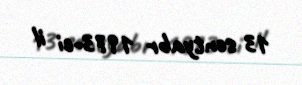
13 sentyabr 1973-ci il